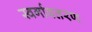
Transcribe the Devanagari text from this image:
स्वर्गावतरण